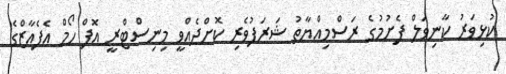
ކުޅިވަރު ކާނިވަލް ފެށުމުގެ ރަސްމިއްޔާތު ޝަރަފުވެރި ކޮށްދެއްވީ މިނިސްޓްރީ އޮފް ހޯމް އެފެއާޒްގެ